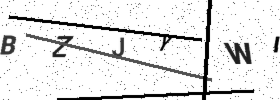
Text: BZJYWI